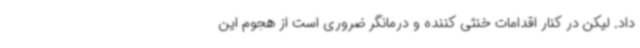
داد. لیکن در کنار اقدامات خنثی کننده و درمانگر ضروری است از هجوم این